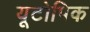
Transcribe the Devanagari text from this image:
यूटोपिक